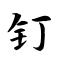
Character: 钉